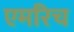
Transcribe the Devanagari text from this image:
एमरिच